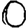
Digit: 0